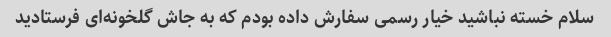
سلام خسته نباشید خیار رسمی سفارش داده بودم که به جاش گلخونه‌ای فرستادید